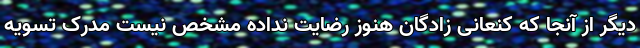
دیگر از آنجا که کنعانی زادگان هنوز رضایت نداده مشخص نیست مدرک تسویه